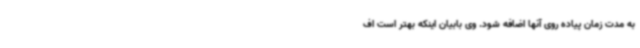
به مدت زمان پیاده روی آنها اضافه شود. وی بابیان اینکه بهتر است اف